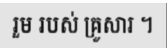
រួម របស់ គ្រួសារ ។